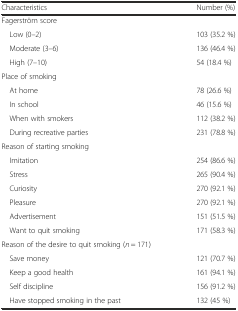
<table><thead><tr><td><b>Characteristics</b></td><td><b>Number (%)</b></td></tr></thead><tbody><tr><td>Fagerström score</td><td></td></tr><tr><td> Low (0–2)</td><td>103 (35.2 %)</td></tr><tr><td> Moderate (3–6)</td><td>136 (46.4 %)</td></tr><tr><td> High (7–10)</td><td>54 (18.4 %)</td></tr><tr><td>Place of smoking</td><td></td></tr><tr><td> At home</td><td>78 (26.6 %)</td></tr><tr><td> In school</td><td>46 (15.6 %)</td></tr><tr><td> When with smokers</td><td>112 (38.2 %)</td></tr><tr><td> During recreative parties</td><td>231 (78.8 %)</td></tr><tr><td>Reason of starting smoking</td><td></td></tr><tr><td> Imitation</td><td>254 (86.6 %)</td></tr><tr><td> Stress</td><td>265 (90.4 %)</td></tr><tr><td> Curiosity</td><td>270 (92.1 %)</td></tr><tr><td> Pleasure</td><td>270 (92.1 %)</td></tr><tr><td> Advertisement</td><td>151 (51.5 %)</td></tr><tr><td> Want to quit smoking</td><td>171 (58.3 %)</td></tr><tr><td>Reason of the desire to quit smoking (<i>n</i> = 171)</td><td></td></tr><tr><td> Save money</td><td>121 (70.7 %)</td></tr><tr><td> Keep a good health</td><td>161 (94.1 %)</td></tr><tr><td> Self discipline</td><td>156 (91.2 %)</td></tr><tr><td> Have stopped smoking in the past</td><td>132 (45 %)</td></tr></tbody></table>